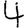
Digit: 4